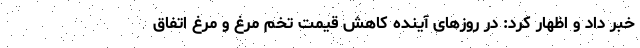
خبر داد و اظهار کرد: در روزهای آینده کاهش قیمت تخم مرغ و مرغ اتفاق